画像に写った文字を読んでください
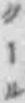
「クール」と書いてあります